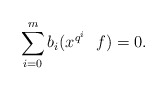
\begin{align*}\sum_{i=0}^m b_i ( x^{q^i} \ \ f)=0.\end{align*}